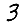
Digit: 3